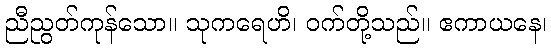
ညီညွတ်ကုန်သော။ သုကရေဟိ၊ ဝက်တို့သည်။ ဧကာယနေ၊